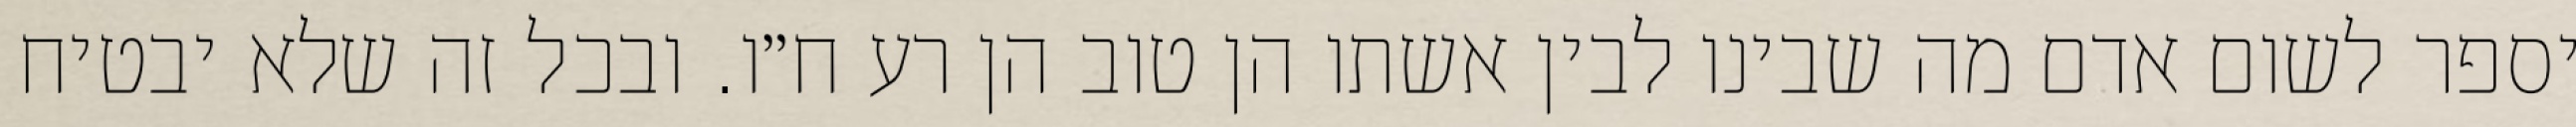
יספר לשום אדם מה שבינו לבין אשתו הן טוב הן רע ח״ו. ובכל זה שלא יבטיח